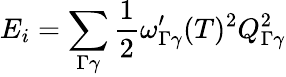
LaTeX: E_{i}=\sum_{\Gamma\gamma}\frac{1}{2}\omega_{\Gamma\gamma}^{\prime}(T)^{2}Q_{\Gamma\gamma}^{2}